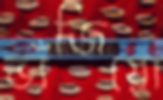
ভাঁজিয়ো